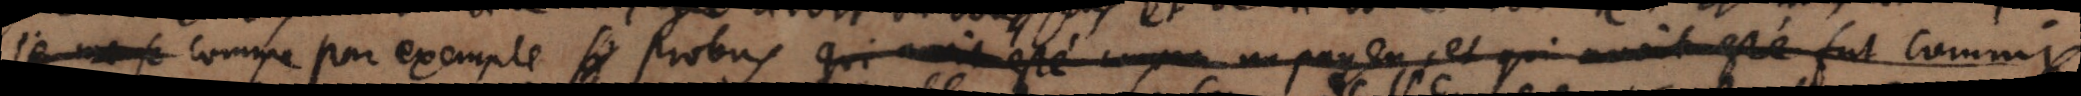
je _ comme par exemple _ qui avait esté comme un payen et qui avait esté fut commis